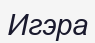
Игэра